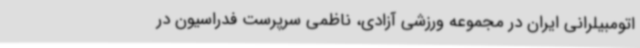
اتومبیلرانی ایران در مجموعه ورزشی آزادی، ناظمی سرپرست فدراسیون در